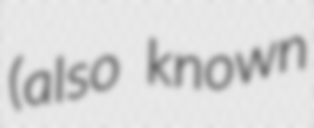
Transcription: (also known